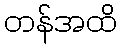
တန်အထိ